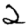
Digit: 2